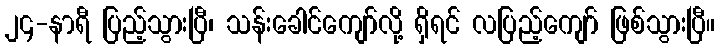
၂၄-နာရီ ပြည့်သွားပြီ၊ သန်းခေါင်ကျော်လို့ ရှိရင် လပြည့်ကျော် ဖြစ်သွားပြီ။